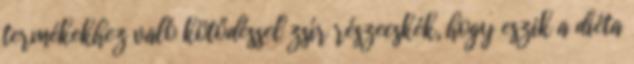
termékekhez való kötődéssel zsír részecskék, hogy eszik a diéta